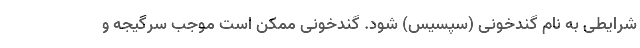
شرایطی به نام گندخونی (سپسیس) شود. گندخونی ممکن است موجب سرگیجه و